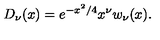
D _ { \nu } ( x ) = e ^ { - x ^ { 2 } / 4 } x ^ { \nu } w _ { \nu } ( x ) .